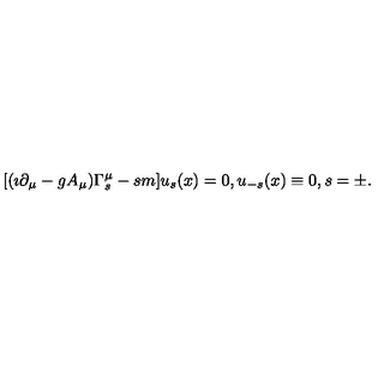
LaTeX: [ ( \imath \partial _ { \mu } - g A _ { \mu } ) \Gamma _ { s } ^ { \mu } - s m ] u _ { s } ( x ) = 0 , u _ { - s } ( x ) \equiv 0 , s = \pm .